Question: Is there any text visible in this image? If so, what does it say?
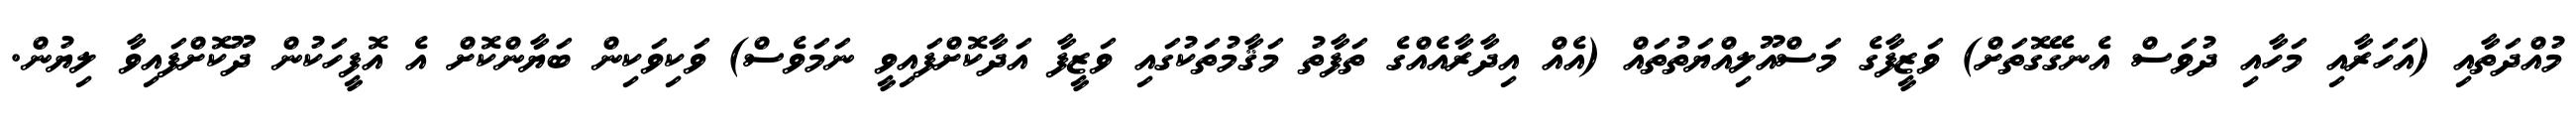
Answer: މުއްދަތާއި (އަހަރާއި މަހާއި ދުވަސް އެނގޭގޮތަށް) ވަޒީފާގެ މަސްއޫލިއްޔަތުތައް (އެއް އިދާރާއެއްގެ ތަފާތު މަޤާމުތަކުގައި ވަޒީފާ އަދާކޮށްފައިވީ ނަމަވެސް) ވަކިވަކިން ބަޔާންކޮށް އެ އޮފީހަކުން ދޫކޮށްފައިވާ ލިޔުން.